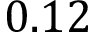
0 . 1 2